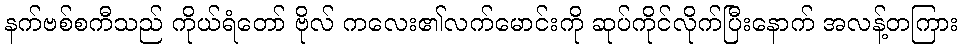
နက်ဗစ်စကီသည် ကိုယ်ရံတော် ဗိုလ် ကလေး၏လက်မောင်းကို ဆုပ်ကိုင်လိုက်ပြီးနောက် အလန့်တကြား